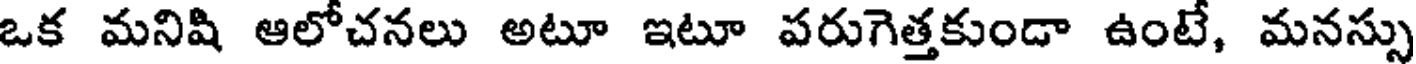
ఒక మనిషి ఆలోచనలు అటూ ఇటూ పరుగెత్తకుండా ఉంటే, మనస్సు